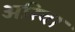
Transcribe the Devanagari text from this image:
अरिवा